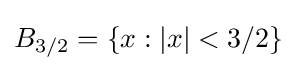
B_{3/2}=\{x:|x|<3/2\}